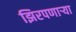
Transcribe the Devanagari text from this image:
झिरपणाऱ्या